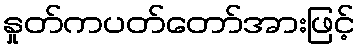
နှုတ်ကပတ်တော်အားဖြင့်